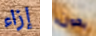
إزاء يكون